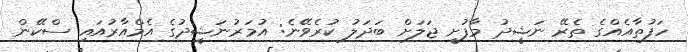
ހަފުތާއެއްގެ ތެރޭ ނަޝީދު މާފުށީ ޖަލަށް ބަދަލު ކުރެވޭނެ: އުމަރުނަޝީދުގެ އެމްއާރުއައި ސްކޭން